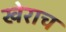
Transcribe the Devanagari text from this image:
खेराच